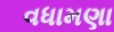
વધામણા